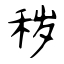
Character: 秽